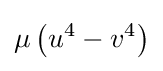
\mu \left(u^{4}-v^{4}\right)